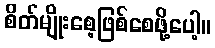
စိတ်မျိုးစေ့ဖြစ်စေဖို့ပေါ့။